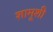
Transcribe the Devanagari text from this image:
शामूशी